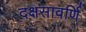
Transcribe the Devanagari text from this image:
दक्षसावर्णि